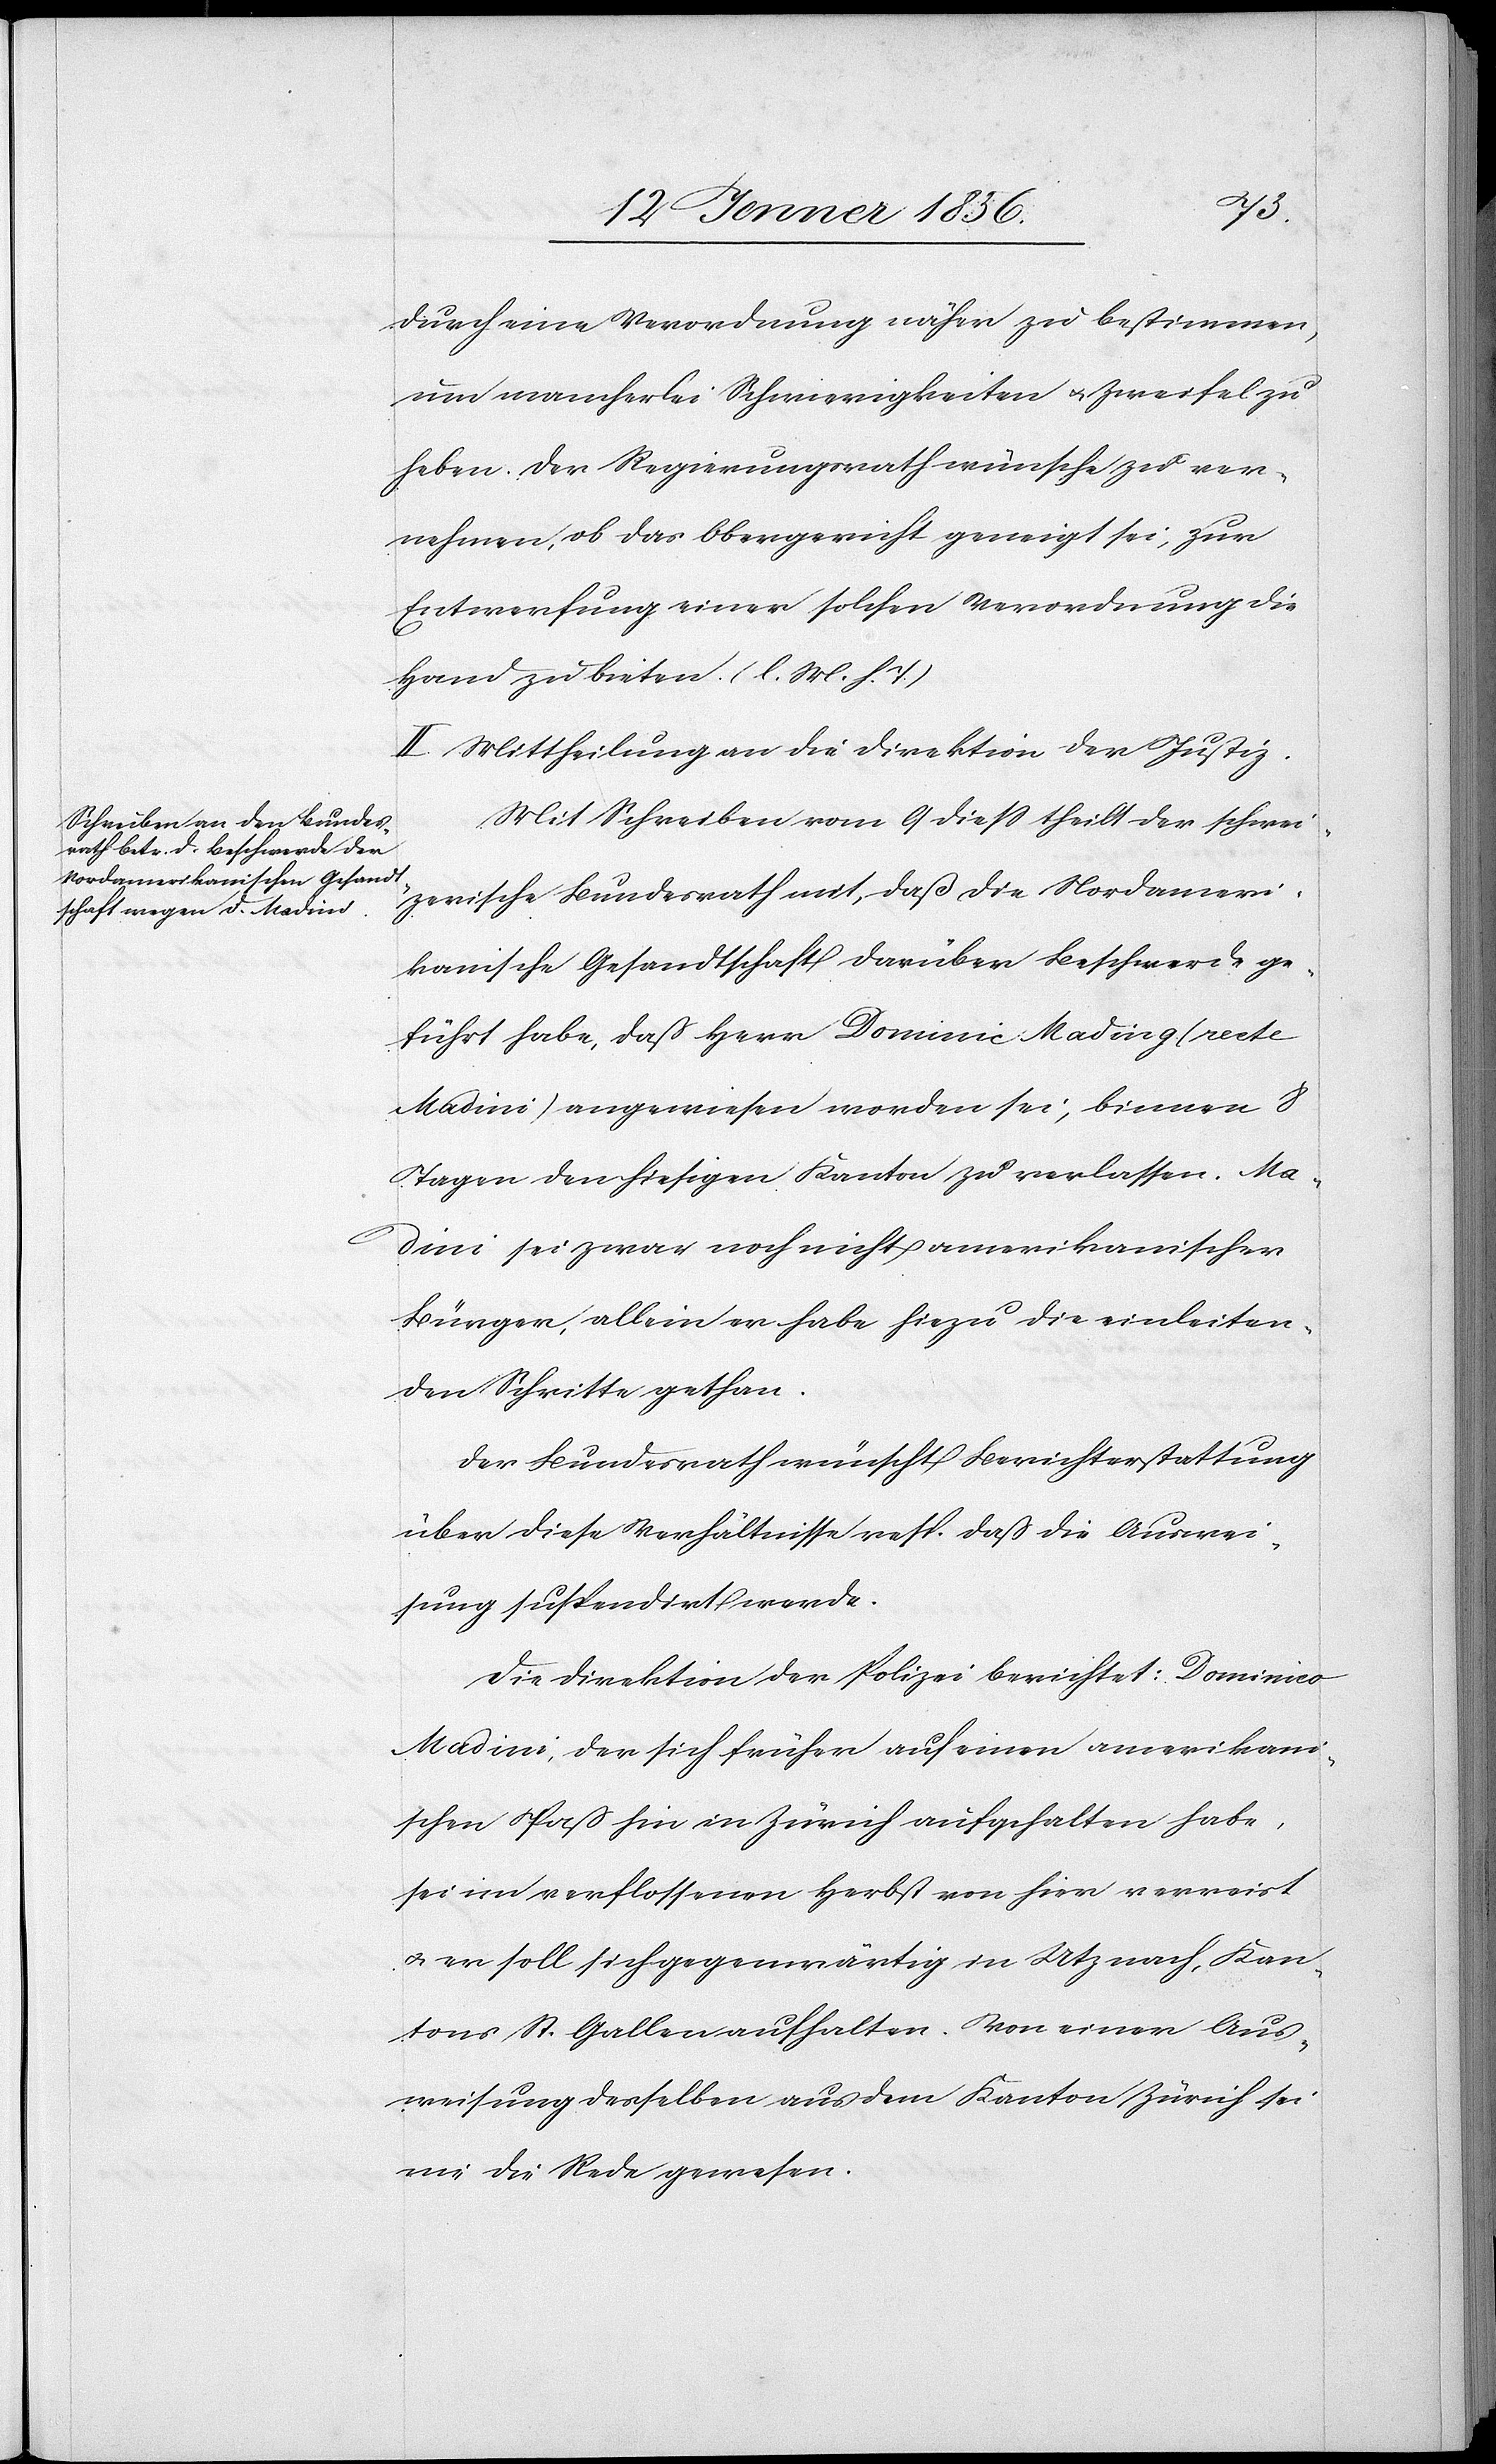
durch eine Verordnung näher zu bestimmen,
um mancherlei Schwierigkeiten u. Zweifel zu
heben. Der Regierungsrath wünsche zu ver¬
nehmen, ob das Obergericht geneigt sei, zur
Entwerfung einer solchen Verordnung die
Hand zu bieten. (l. M. h. J.)
II. Mittheilung an die Direktion derJustiz.
Mit Schreiben vom 9 dieß theilt der schwei¬
zerische Bundesrath mit, daß die Nordameri¬
kanische Gesandtschaft darüber Beschwerde ge¬
führt habe, daß Herr Dominic Mading (recte
Madini) angewiesen worden sei, binnen 8
Tagen den hiesigen Kanton zu verlassen. Ma¬
dini sei zwar noch nicht amerikanischer
Bürger, allein er habe hiezu die einleiten¬
den Schritte gethan.
Der Bundesrath wünscht Berichterstattung
über diese Verhältnisse resp. daß die Auswei¬
sung suspendirt werde.
Die Direktion der Polizei berichtet: Dominico
Madini, der sich früher auf einen amerikani¬
schen Paß hin in Zürich aufgehalten habe,
sei im verflossenen Herbst von hier verreist
u. er soll sich gegenwärtig in Utznach, Kan¬
tons St. Gallen aufhalten. Von einer Aus¬
weisung desselben aus dem Kanton Zürich sei
nie die Rede gewesen.